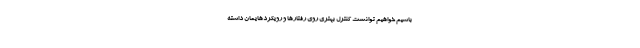
باشیم خواهیم توانست کنترل بهتری روی رفتارها و رویکردهایمان داشته